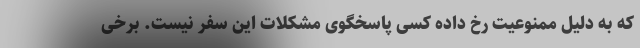
که به دلیل ممنوعیت رخ داده کسی پاسخگوی مشکلات این سفر نیست. برخی